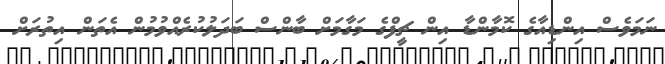
ނަމަވެސް އިންޑިއާގެ ކޮމާންޑާ އިން ޗީފްގެ މަގާމަށް ބާންސް ބަދަލުކުރެއްވުމުން އެތަން އިތުރަށް